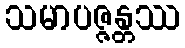
သမာပဇ္ဇန္တဿ